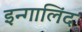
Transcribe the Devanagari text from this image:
इन्गालिंद